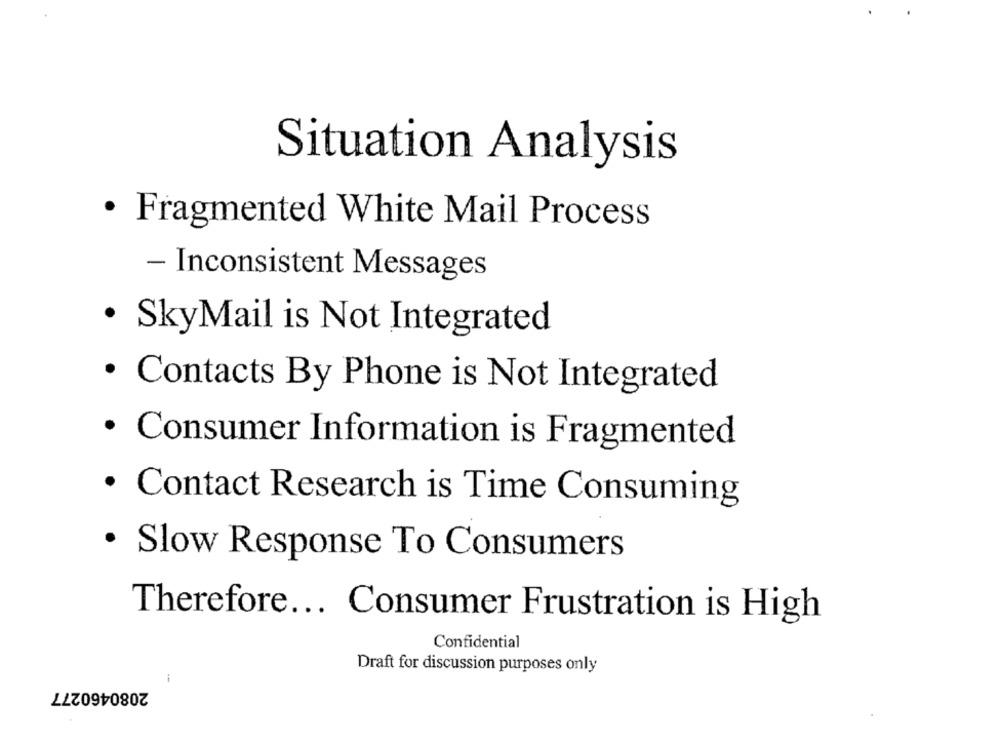
Situation Analysis
· Fragmented White Mail Process
- Inconsistent Messages
· SkyMail is Not Integrated
· Contacts By Phone is Not Integrated
· Consumer Information is Fragmented
· Contact Research is Time Consuming
· Slow Response To Consumers
Therefore ... Consumer Frustration is High
Confidential
Draft for discussion purposes only
-
2080460277